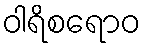
ဝါရိစရောဝ